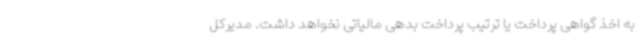
به اخذ گواهی پرداخت یا ترتیب پرداخت بدهی مالیاتی نخواهد داشت. مدیرکل